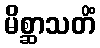
မိစ္ဆာသတိံ